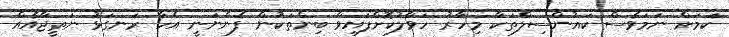
ކަމަށް ނަމަވެސް ކައުންސިލްތަކާ މިހާރު ހަވާލުކޮށްފައިވާ ބިންތަކުން ފެންނަނީ އެހާ ރަނގަޅު ނަތީޖާއެއް